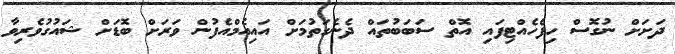
ދަށަށް ނުގޮސް ހިފެހެއްޓިފައި އޮތް ސަބަބުތައް ދެނެގަތުމަށް އައިއެމްއެފުން ވަރަށް ބޮޑަށް ޝައުގުވެރިވާ